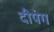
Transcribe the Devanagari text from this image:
दीपंग